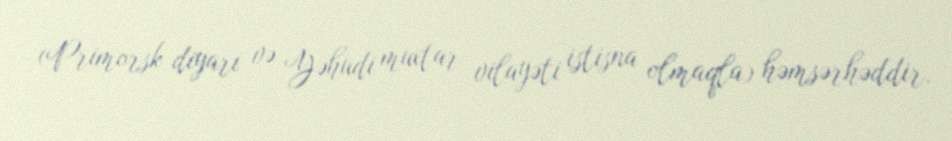
(Primorsk diyarı və Yəhudi muxtar vilayəti istisna olmaqla) həmsərhəddir.